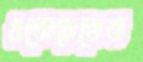
এভোয়েডেড